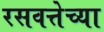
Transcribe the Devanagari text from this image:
रसवत्तेच्या